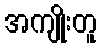
အကျိုးတူ